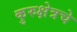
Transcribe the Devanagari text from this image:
कुरुक्षेत्रचे